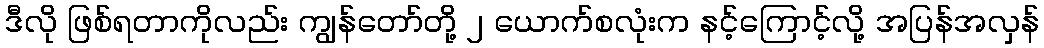
ဒီလို ဖြစ်ရတာကိုလည်း ကျွန်တော်တို့ ၂ ယောက်စလုံးက နင့်ကြောင့်လို့ အပြန်အလှန်